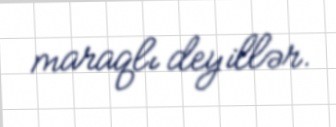
maraqlı deyillər.